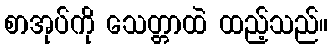
စာအုပ်ကို သေတ္တာထဲ ထည့်သည်။